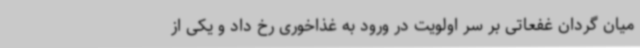
میان گردان غفعاتی بر سر اولویت در ورود به غذاخوری رخ داد و یکی از